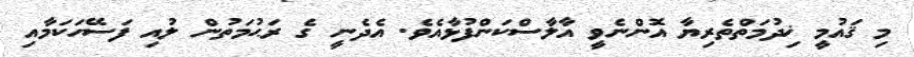
މި ޤައުމީ ޚިދުމަތްތެރިޔާ އޮންނެވީ އާލާސްކަންފުޅާއެވެ. އެދެނީ ގެ ރަޙުމަތުން ލުއި ފަސޭހަކަމާއި